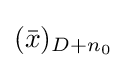
({\bar {x}})_{D+n_{0}}